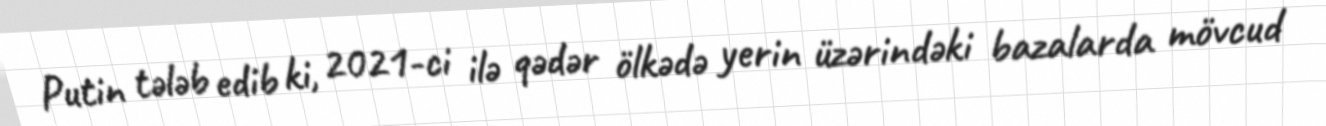
Putin tələb edib ki, 2021-ci ilə qədər ölkədə yerin üzərindəki bazalarda mövcud